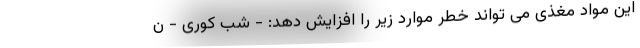
این مواد مغذی می تواند خطر موارد زیر را افزایش دهد: - شب کوری - ن